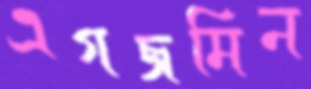
এগজমিন